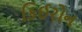
કિઈરોન